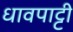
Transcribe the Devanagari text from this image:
धावपाट्टी